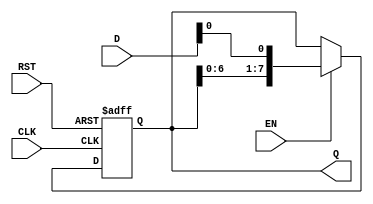
module ShiftRegister #(
    parameter N = 8  // Define the number of bits in the shift register
) (
    input wire [N-1:0] D,    // Input Data
    input wire CLK,           // Clock
    input wire RST,           // Reset
    input wire EN,            // Enable
    output reg [N-1:0] Q      // Output Data
);

    // Shift register behavior
    always @(posedge CLK or posedge RST) begin
        if (RST) begin
            Q <= {N{1'b0}};  // Clear the register to 0
        end else if (EN) begin
            Q <= {Q[N-2:0], D[0]}; // Right shift and load new data into LSB
        end
    end

endmodule